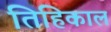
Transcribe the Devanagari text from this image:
तिहिकाल